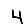
Digit: 4